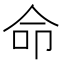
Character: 命